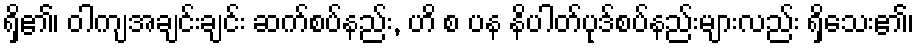
ရှိ၏၊ ဝါကျအချင်းချင်း ဆက်စပ်နည်း, ဟိ စ ပန နိပါတ်ပုဒ်စပ်နည်းများလည်း ရှိသေး၏၊